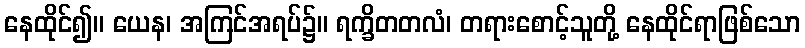
နေထိုင်၍။ ယေန၊ အကြင်အရပ်၌။ ရက္ခိတတလံ၊ တရားစောင့်သူတို့ နေထိုင်ရာဖြစ်သော